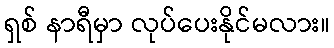
ရှစ် နာရီမှာ လုပ်ပေးနိုင်မလား။